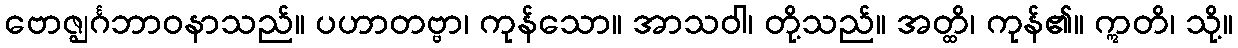
ဗောဇ္ဈင်္ဂဘာဝနာသည်။ ပဟာတဗ္ဗာ၊ ကုန်သော။ အာသဝါ၊ တို့သည်။ အတ္ထိ၊ ကုန်၏။ ဣတိ၊ သို့။